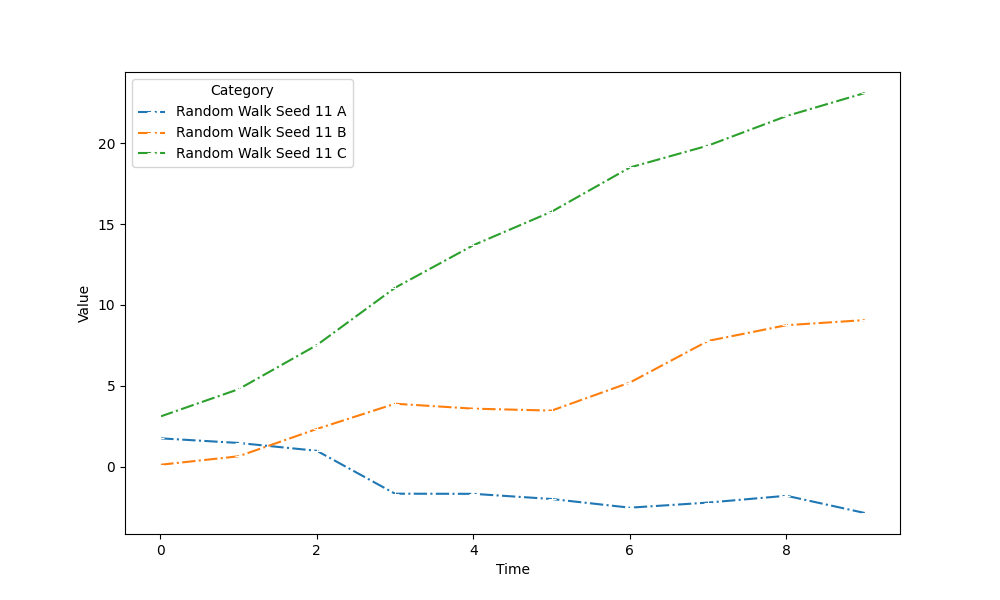
python, seaborn, lineplot, style='dashdot', marker='+'